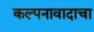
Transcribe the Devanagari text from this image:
कल्पनावादाचा